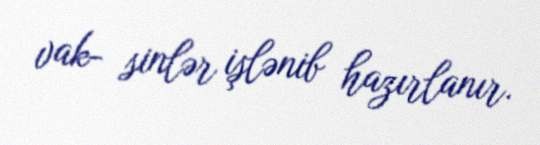
vak- sinlər işlənib hazırlanır.